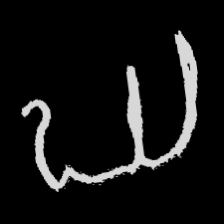
Pyu character \u2014 Myanmar letter: ဃ (romanized: gha)